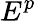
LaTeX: E^{p}